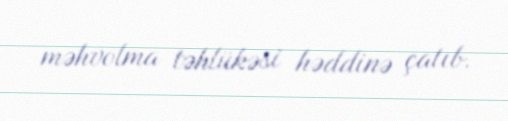
məhvolma təhlükəsi həddinə çatıb.